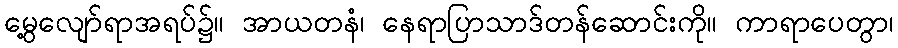
မွေ့လျော်ရာအရပ်၌။ အာယတနံ၊ နေရာပြာသာဒ်တန်ဆောင်းကို။ ကာရာပေတွာ၊